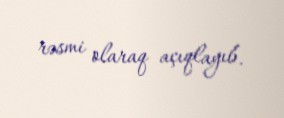
rəsmi olaraq açıqlayıb.